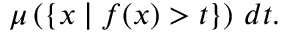
\mu \left( \{ x \mid f ( x ) > t \} \right) \, d t .